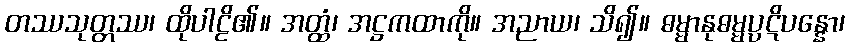
တဿသုတ္တဿ၊ ထိုပါဠိ၏။ အတ္ထံ၊ အဋ္ဌကထာကို။ အညာယ၊ သိ၍။ ဓမ္မာနုဓမ္မပ္ပဋိပန္နော၊